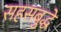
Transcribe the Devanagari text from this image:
सहसबुद्धे